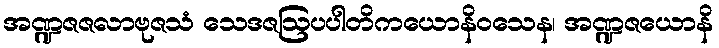
အဏ္ဍဇဇလာဗုဇသံ သေဒဇဩပပါတိကယောနိဝသေန၊ အဏ္ဍဇယောနိ